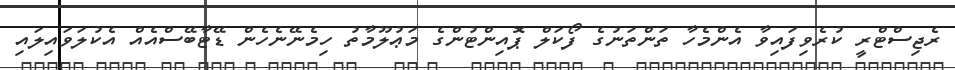
ރެޖިސްޓްރީ ކުރެވިފައިވާ އެންމެހާ ތަންތަނުގެ ފޯކަލް ޕޮއިންޓުންގެ މަޢުލޫމާތު ހިމެނޭނެހެން ޑޭޓާބޭސްއެއް އެކުލަވައިލައި